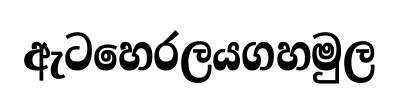
ඇටහෙරලයගහමුල